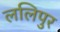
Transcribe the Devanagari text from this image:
ललिपुर